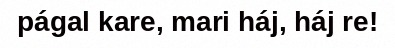
págal kare, mari háj, háj re!